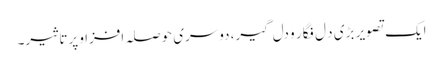
ایک تصویر بڑی د ل فگار و دل گیر، دوسری حوصلہ افزا و پرتاثیر۔